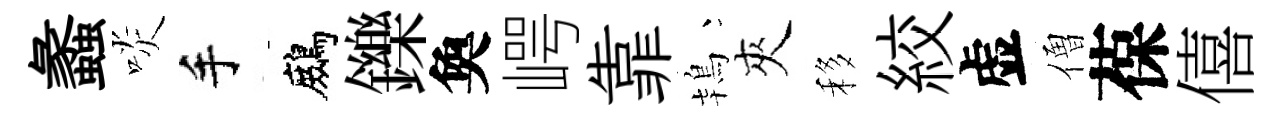
蠡啖手鷓鑠奐崿靠鴇夾移絞虚僧葆僖